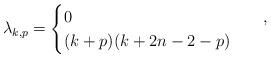
LaTeX: \begin{align*}\lambda_{k,p} =\begin{cases}0&\quad,\\(k+p)(k+2n-2-p) &\quad\end{cases}\end{align*}